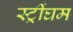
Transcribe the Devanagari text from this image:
स्ट्रींघम